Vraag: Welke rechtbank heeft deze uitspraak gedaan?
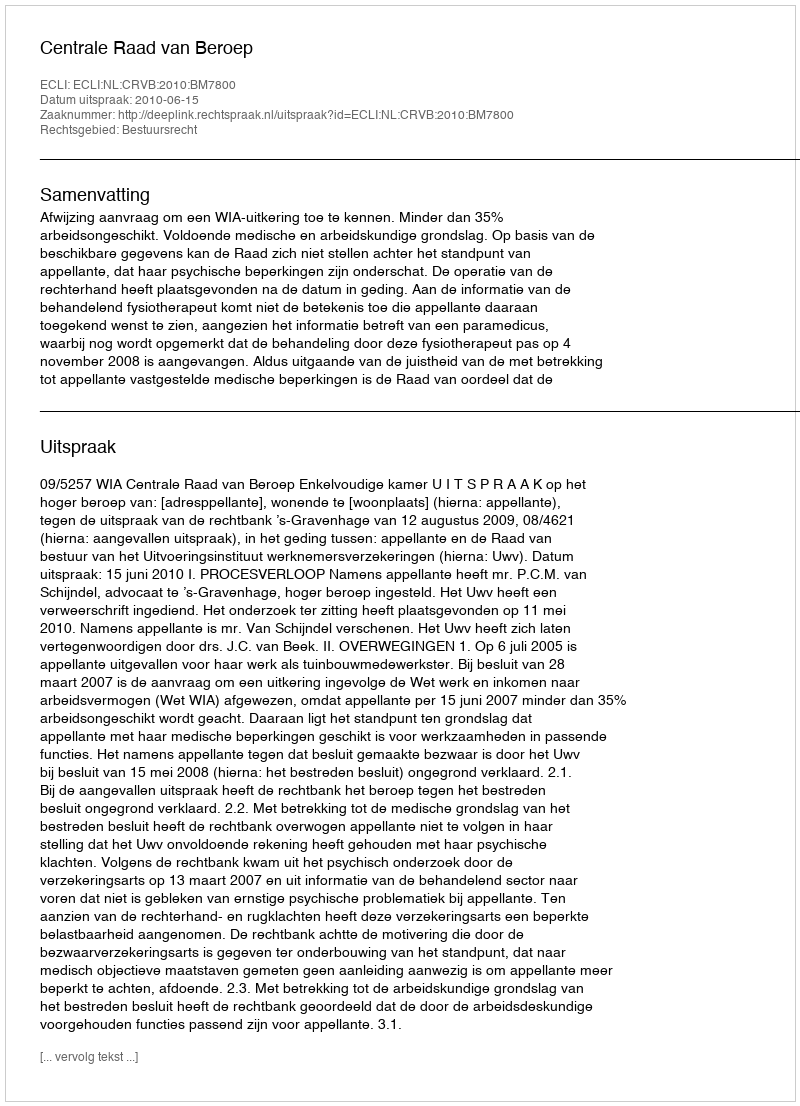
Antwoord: Centrale Raad van Beroep